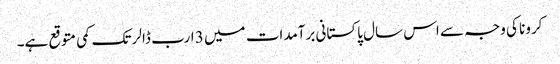
کرونا کی وجہ سے اس سال پاکستانی برآمدات میں 3 ارب ڈالر تک کمی متوقع ہے۔